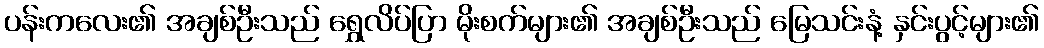
ပန်းကလေး၏ အချစ်ဦးသည် ရွှေလိပ်ပြာ မိုးစက်များ၏ အချစ်ဦးသည် မြေသင်းနံ့ နှင်းပွင့်များ၏